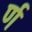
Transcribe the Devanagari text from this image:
र्ण